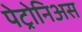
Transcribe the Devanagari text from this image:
पेट्रोनिअस